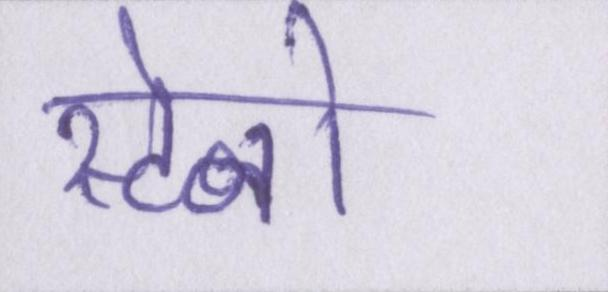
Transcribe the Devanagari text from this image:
स्टेनो